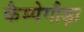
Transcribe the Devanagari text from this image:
कैम्पेगौड़ा